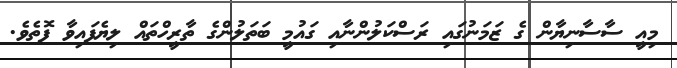
މިއީ ސާސާނިޔާން ގެ ޒަމަނުގައި ރަސްކަލުންނާއި ގައުމީ ބަތަލުންގެ ތާރީހްތައް ލިޔެފައިވާ ފޮތެވެ.